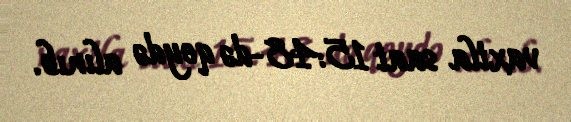
vaxtla saat 15:48-də qeydə alınıb.